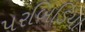
પરબિડિયા